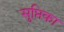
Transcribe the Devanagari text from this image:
सुप्तिका